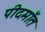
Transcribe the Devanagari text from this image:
पीदमाँत